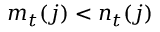
m _ { t } ( j ) < n _ { t } ( j )